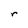
Character: r